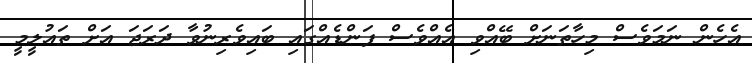
އެހެން ނަމަވެސް މިހާތަނަށް ބޭއްވި އެއްވެސް ފަންޑެއްގައި ބައިވެރިނުވާ ދަރަޖަ އަށް ތައުލީމީ